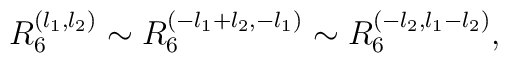
R_6^{(l_1,l_2)} \sim R_6^{(-l_1+l_2,-l_1)}\sim R_6^{(-l_2,l_1-l_2)},